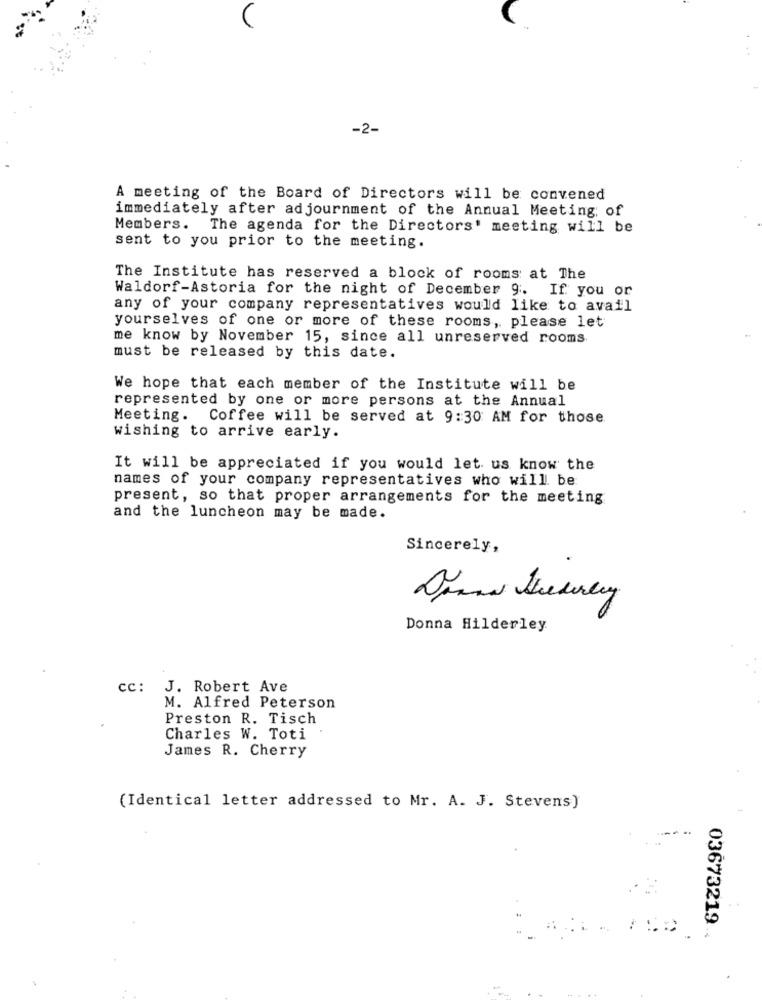
-2-
A meeting of the Board of Directors will be convened
immediately after adjournment of the Annual Meeting; of
Members. The agenda for the Directors' meeting will be
sent to you prior to the meeting.
The Institute has reserved a block of rooms at The
Waldorf-Astoria for the night of December 9. If you or
any of your company representatives would like to avail
yourselves of one or more of these rooms, please let
me know by November 15, since all unreserved rooms
must be released by this date.
We hope that each member of the Institute will be
represented by one or more persons at the Annual
Meeting. Coffee will be served at 9:30 AM for those
wishing to arrive early.
It will be appreciated if you would let us know the
names of your company representatives who will be
present, so that proper arrangements for the meeting
and the luncheon may be made.
Sincerely,
Donna Hilderley
cc: J. Robert Ave
M. Alfred Peterson
Preston R. Tisch
Charles W. Toti
James R. Cherry
(Identical letter addressed to Mr. A. J. Stevens)
03673219